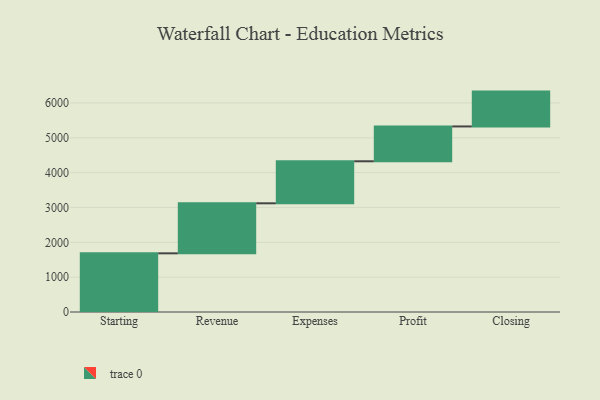
{"axis": {"x": "Step", "y": "Value"}, "legend": [""], "data": [{"x": "Starting", "y": 1684.0, "type": ""}, {"x": "Revenue", "y": 1436.0, "type": ""}, {"x": "Expenses", "y": 1206.0, "type": ""}, {"x": "Profit", "y": 1000, "type": ""}, {"x": "Closing", "y": 1000, "type": ""}]}